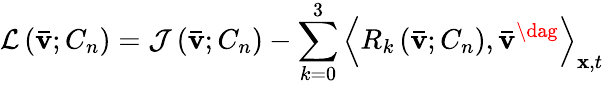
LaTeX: \mathcal{L}\left({{\mathbf{\bar{v}}};{C_{n}}}\right)={\mathcal J}\left({{\mathbf{\bar{v}}};{C_{n}}}\right)-\sum_{k=0}^{3}{{{\left\langle{{R_{k}}\left({{\mathbf{\bar{v}}};{C_{n}}}\right),{{{\mathbf{\bar{v}}}}^{\dag}}}\right\rangle}_{{\mathbf{x}},t}}}